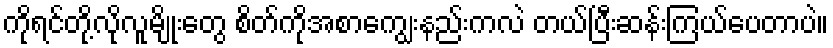
ကိုရင်တို့လိုလူမျိုးတွေ စိတ်ကိုအစာကျွေးနည်းကလဲ တယ်ပြီးဆန်းကြယ်ပေတာပဲ။